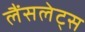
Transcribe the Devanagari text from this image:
लैंसलेट्स